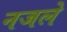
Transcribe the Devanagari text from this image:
नजले